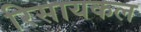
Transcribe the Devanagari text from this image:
रिसायकल